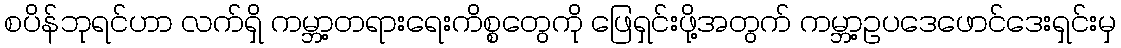
စပိန်ဘုရင်ဟာ လက်ရှိ ကမ္ဘာ့တရားရေးကိစ္စတွေကို ဖြေရှင်းဖို့အတွက် ကမ္ဘာ့ဥပဒေဖောင်ဒေးရှင်းမှ